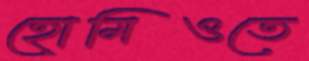
হোমিওতে